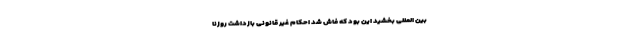
بین المللی بخشید این بود که فاش شد احکام غیر قانونی بازداشت روزنا